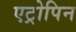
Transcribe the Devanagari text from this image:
एट्रोपिन